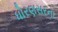
ધોરણસરના